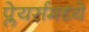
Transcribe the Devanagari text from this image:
प्लेयर्समध्ये